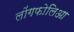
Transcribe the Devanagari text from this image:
लोंगफोलिआ